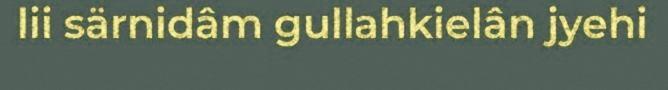
lii särnidâm gullahkielân jyehi